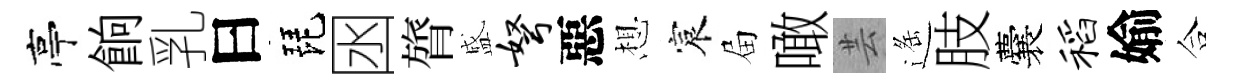
亭餉乳曰琵囦膂盛弩惡想宸屇噉芸遥肢囊稻媮合